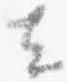
去